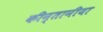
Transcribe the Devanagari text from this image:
कीन्तानीया